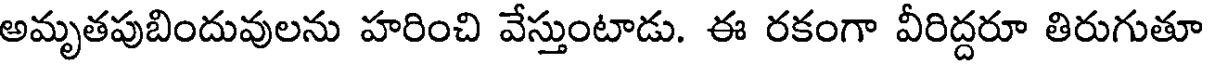
అమృతపుబిందువులను హరించి వేస్తుంటాడు. ఈ రకంగా వీరిద్దరూ తిరుగుతూ